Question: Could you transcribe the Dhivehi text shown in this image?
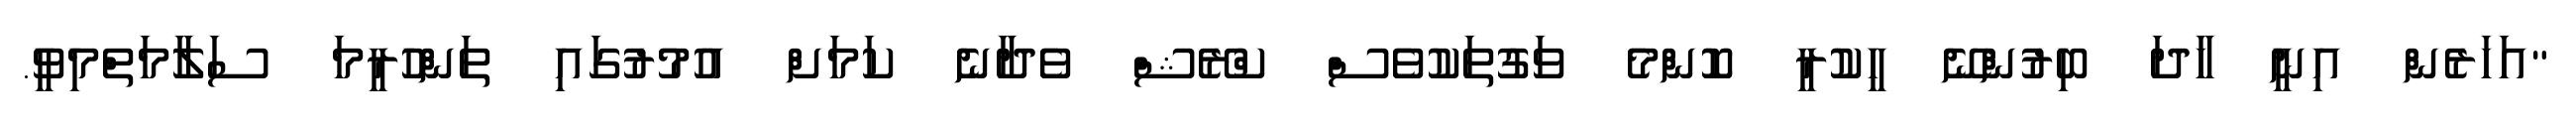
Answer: "އަހަރެން އިނީ ހާދަ ބިރުންނޭ ހީކުރީ ކޮންމެ ވަގުތަކުވެސް ކްރޭޝް ވެދާނެ ކަމަށް އުމުރުގައި ތަންހުރީމަ ސަލާމަތްމިވީ.